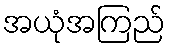
အယုံအကြည်